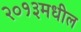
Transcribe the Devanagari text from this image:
२०१३मधील